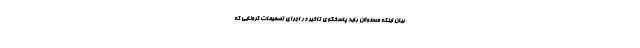
بیان اینکه مسئولان باید پاسخگوی تاخیر در اجرای تصمیمات کرونایی که